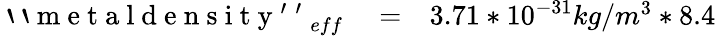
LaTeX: \begin{array}{rlr}{\mathrm{~`~`~m~e~t~a~l~d~e~n~s~i~t~y~'~'~}_{eff}}&{{}=}&{3.71*10^{-31}kg/m^{3}*8.4}\end{array}